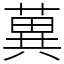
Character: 䔬